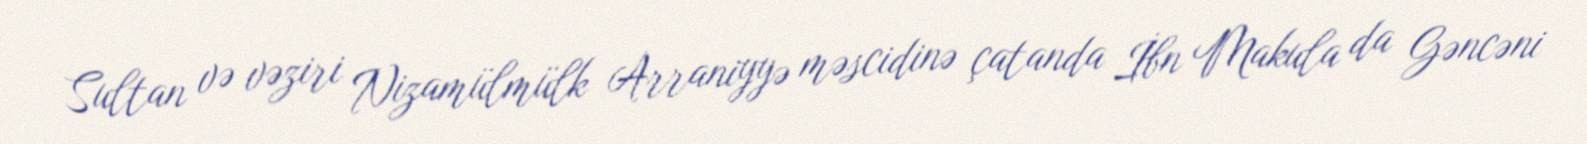
Sultan və vəziri Nizamülmülk Arraniyyə məscidinə çatanda İbn Makula da Gəncəni